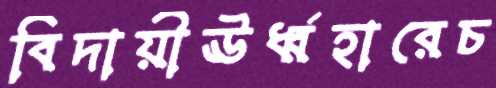
বিদায়ীঊর্ধ্বহারেচ